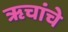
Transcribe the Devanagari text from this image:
ॠचांचे